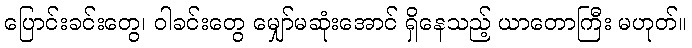
ပြောင်းခင်းတွေ၊ ဝါခင်းတွေ မျှော်မဆုံးအောင် ရှိနေသည့် ယာတောကြီး မဟုတ်။